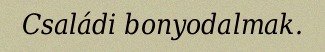
Családi bonyodalmak.